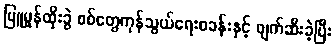
မြူမှုန်ထိုးခွဲ စစ်တွေကုန်သွယ်ရေးစခန်းနှင့် ဖျက်ဆီးခဲ့ပြီး